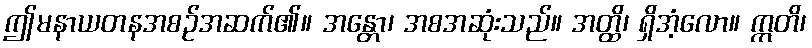
ဤမနာယတနအစဉ်အဆက်၏။ အန္တော၊ အစအဆုံးသည်။ အတ္ထိ၊ ရှိအံ့လော။ ဣတိ၊